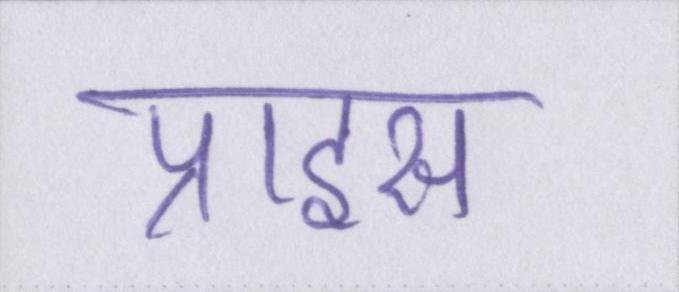
प्राइस